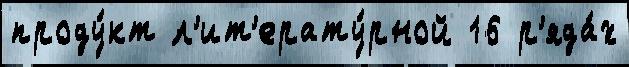
проду́кт л'ит'ерату́рной 16 р'яда́х